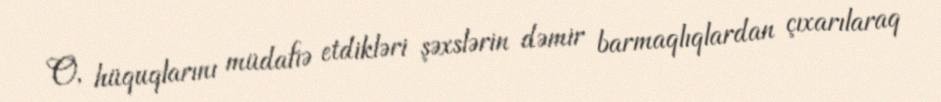
O, hüquqlarını müdafiə etdikləri şəxslərin dəmir barmaqlıqlardan çıxarılaraq